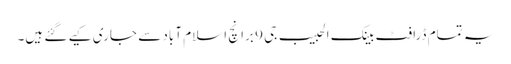
یہ تمام ڈرافٹ بینک الحبیب جی 9 برانچ اسلام آباد سے جاری کیے گئے ہیں۔